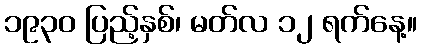
၁၉၃၀ ပြည့်နှစ်၊ မတ်လ ၁၂ ရက်နေ့။